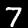
Digit: 7